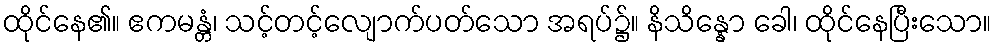
ထိုင်နေ၏။ ဧကမန္တံ၊ သင့်တင့်လျောက်ပတ်သော အရပ်၌။ နိသိန္နော ခေါ၊ ထိုင်နေပြီးသော။